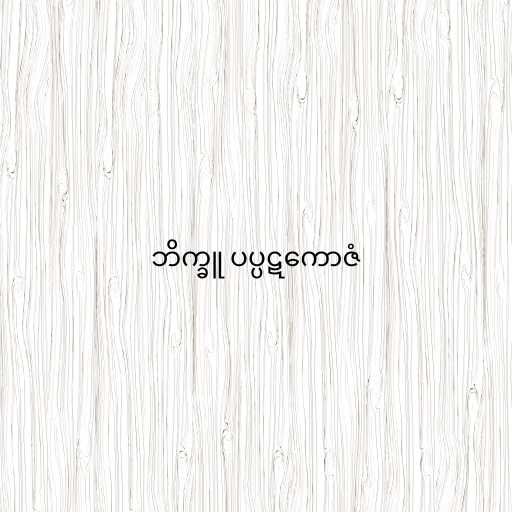
ဘိက္ခူ ပပ္ပဋကောဇံ